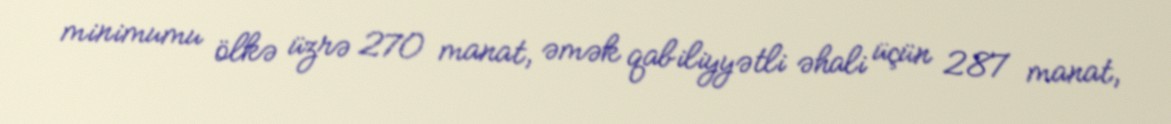
minimumu ölkə üzrə 270 manat, əmək qabiliyyətli əhali üçün 287 manat,